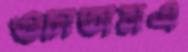
ওচাতামএ